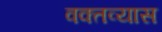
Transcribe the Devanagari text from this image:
वक्तव्यास